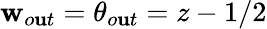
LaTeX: \mathbf{w}_{o\mathbf{u}t}=\theta_{o\mathbf{u}t}=z-1/2